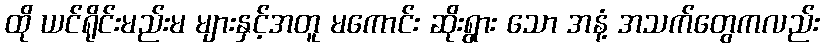
ထို ယင်ရိုင်းမည်းမ များနှင့်အတူ မကောင်း ဆိုးရွား သော အနံ့ အသက်တွေကလည်း